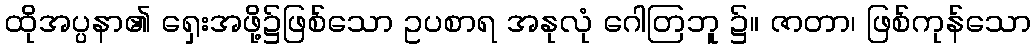
ထိုအပ္ပနာ၏ ရှေးအဖို့၌ဖြစ်သော ဥပစာရ အနုလုံ ဂေါတြဘူ ၌။ ဇာတာ၊ ဖြစ်ကုန်သော